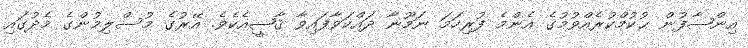
އިންޞާފުން ޙުކުމްކުރެއްވުމުގެ އެންމެ ފުރިހަމަ ނަމޫނާ ދައްކަވާފައިވާ ޤާޟީއެކެވެ. އޭރުގެ މުސްލިމުންގެ މެދުގައި